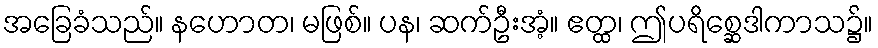
အခြေခံသည်။ နဟောတ၊ မဖြစ်။ ပန၊ ဆက်ဦးအံ့။ ဧတ္ထ၊ ဤပရိစ္ဆေဒါကာသ၌။